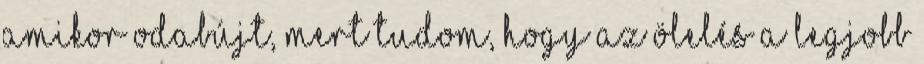
amikor odabújt, mert tudom, hogy az ölelés a legjobb